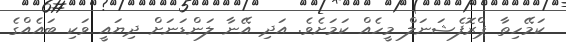
ކަމޭހިތާ ޕްރޮފެޝަނަލް މީހެއް ކަމަށެވެ. އަދި އޭނާ ލަންޑަނަށް ދިޔައީ ވަކި ބައެއްގެ